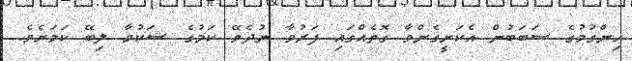
ހިންގުމުގެ ސަބަބުން އެކަށީގެންވާ ގޮތެއްގައި ފަރުވާ ނުދެވޭ ކަމުގެ ޝަކުވާ ލިބޭ ކަމަށެވެ.